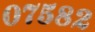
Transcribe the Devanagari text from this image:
०७५८२